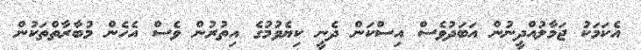
އެކަމަކު ޖަމާލުއްދީނުން އަބަދުވެސް އިސްކަން ދެނީ ކިޔެވުމުގެ އިތުރުން ވެސް އެހެން މުބާރާތްތަކުން